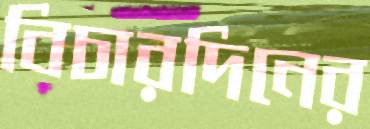
বিচারদিনের